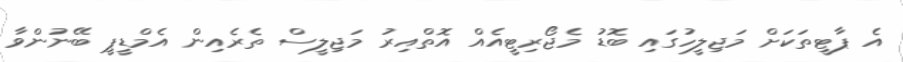
އެ ޕާޓީތަކަށް މަޖިލީހުގައި ބޮޑު މެޖޯރިޓީއެއް އޮތްއިރު މަޖިލީސް ތެރެއިން އެމްޑީޕީ ބޭނުންވާ